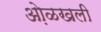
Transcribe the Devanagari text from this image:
ओ़ळखली